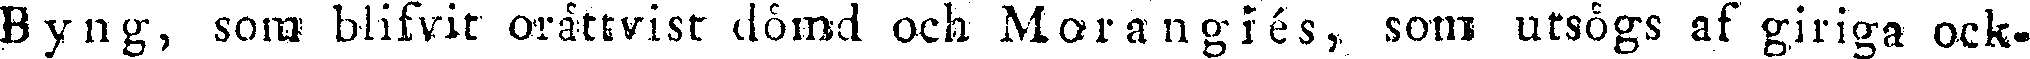
Byng, sora blifvit orättvist dömd och Morangiés, som utsögs af giriga ock-